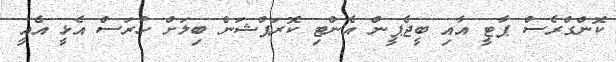
ކޮންގްރެސް ޕާޓީ އާއި ބީޖެޕީން އެންޓި ކޮރަޕްޝަން ބިލަށް ހުރަސް އެޅީ އެއީ